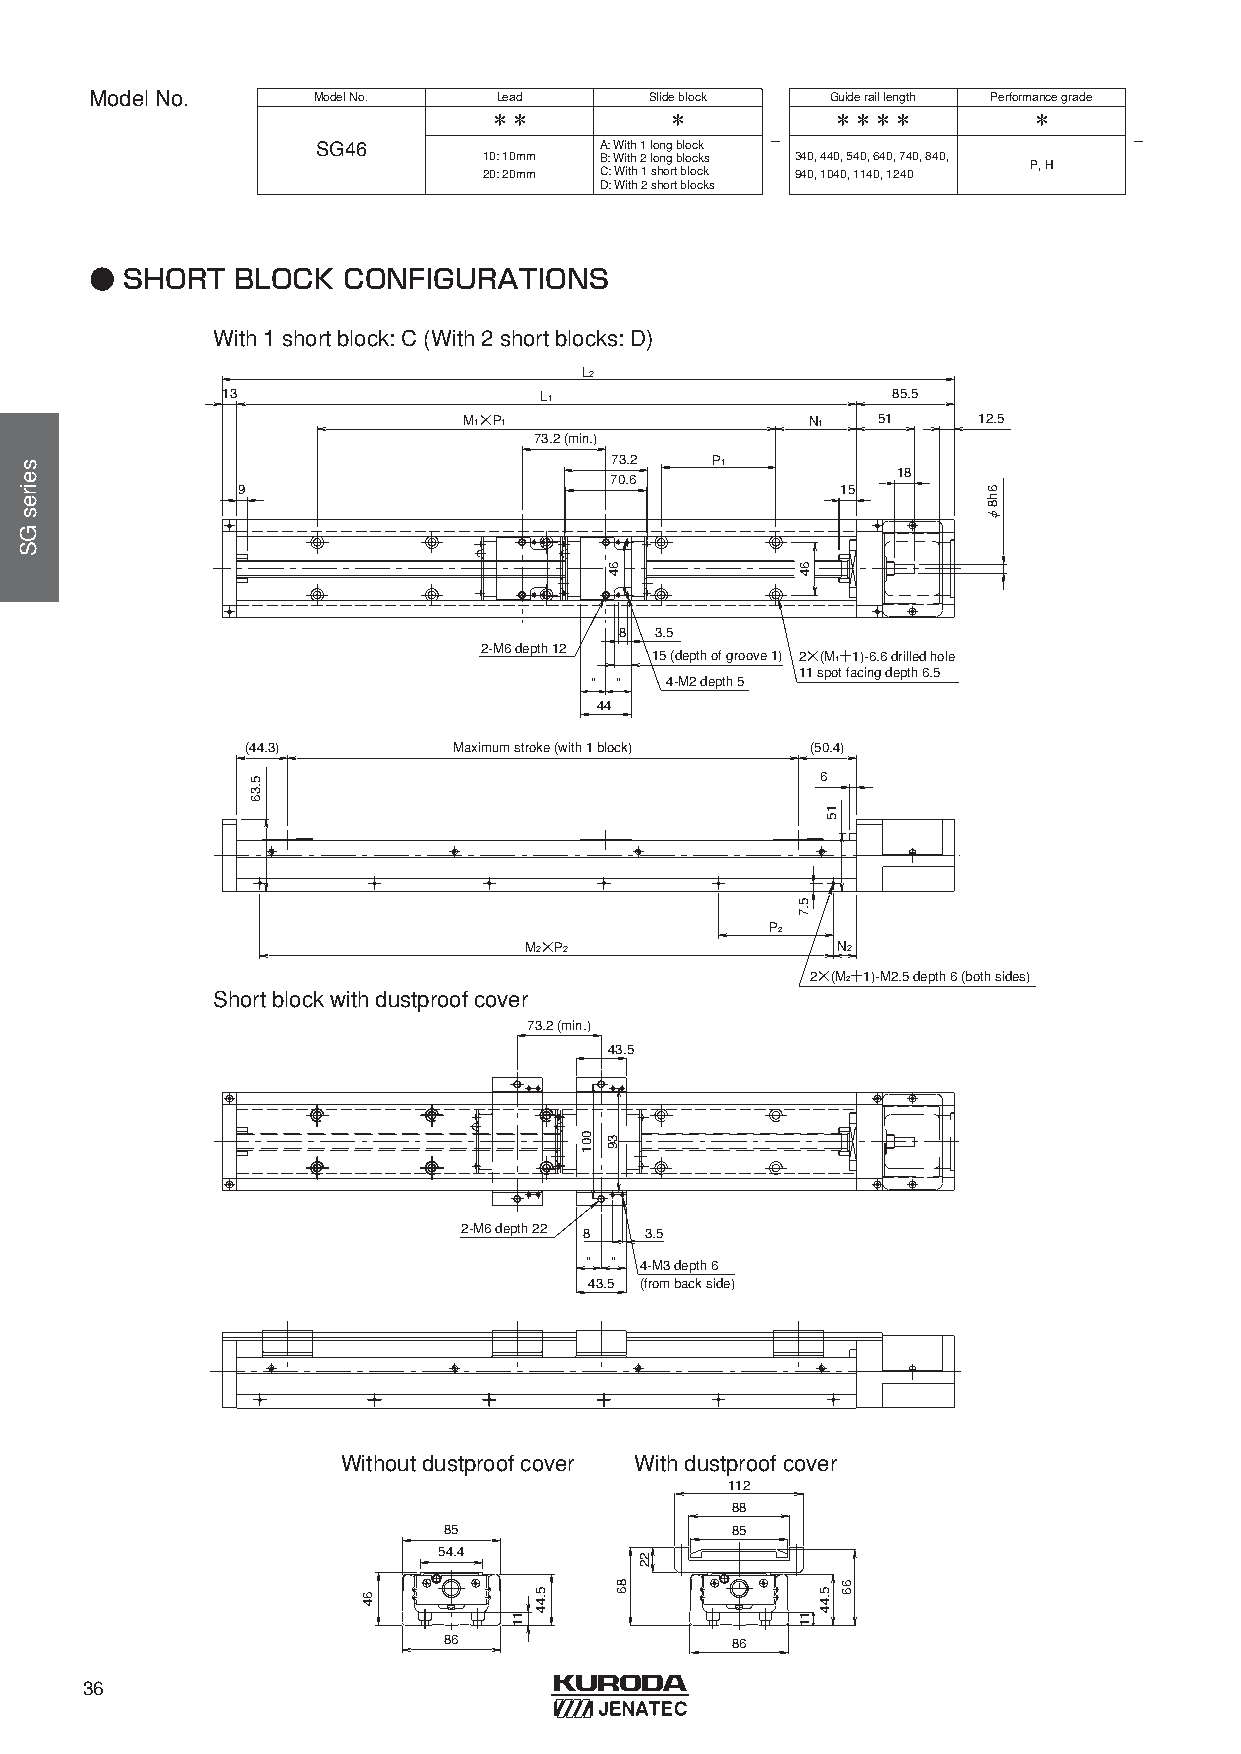
ModelNo.       ModelNo.    Lead      Slideblock  Guideraillength Performancegrade
 ＊＊          ＊          ＊＊＊＊         ＊
 -                       -
 SG46               A: With1 longblock
 10: 10mm B: With2 longblocks 340, 440, 540, 640, 740, 840,
 P, H
 20: 20mm C: With1 shortblock 940, 1040, 1140, 1240
 D: With2 shortblocks
 ● SHORT   BLOCK  CONFIGURATIONS
 With 1 short block: C (With 2 short blocks: D)
 L2
 13                   L1                     85.5
 M1×P1                  N1  51     12.5
 73.2 (min.)
 73.2   P1
 18
 70.6
 9                                       15
 8 3.5
 2-M6 depth 12
 15 (depth of groove 1) 2×(M1＋1)-6.6 drilled hole
 11 spot facing depth 6.5
 " "  4-M2 depth 5
 44
 (44.3)        Maximum stroke (with 1 block) (50.4)
 6
 P2
 M2×P2               N2
 2×(M2＋1)-M2.5 depth 6 (both sides)
 Short block with dustproof cover
 73.2 (min.)
 43.5
 2-M6 depth 22 8 3.5
 " " 4-M3 depth 6
 43.5 (from back side)
 Without dustproof cover With dustproof cover
 112
 88
 85                 85
 54.4
 86                 86
 36
 seiresGS
 5.36
 64
 11
 5.44
 001
 64
 39
 86
 22
 64
 5.7
 11
 5.44
 15
 66
 6h8φ